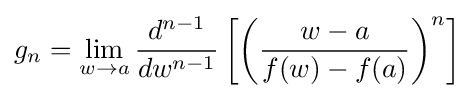
g_{n}=\lim _{w\to a}{\frac {d^{n-1}}{dw^{n-1}}}\left[\left({\frac {w-a}{f(w)-f(a)}}\right)^{n}\right]